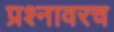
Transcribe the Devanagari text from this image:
प्रश्नावरच